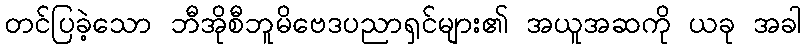
တင်ပြခဲ့သော ဘီအိုစီဘူမိဗေဒပညာရှင်များ၏ အယူအဆကို ယခု အခါ